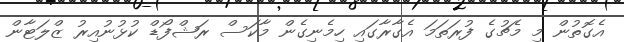
އެގޮތުން މި މެޗުގެ ފުރަތަމަ އެގާރާގައި ހިމެނިގެން މާކަސް ރަޝްފޯޑް ކުޅުނުއިރު ޒްލަޓާން